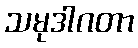
သမုဒါဂတာ